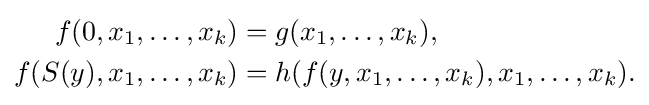
{\begin{aligned}f(0,x_{1},\ldots ,x_{k})&=g(x_{1},\ldots ,x_{k}),\\f(S(y),x_{1},\ldots ,x_{k})&=h(f(y,x_{1},\ldots ,x_{k}),x_{1},\ldots ,x_{k}).\end{aligned}}